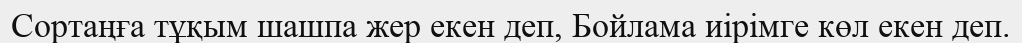
Сортаңға тұқым шашпа жер екен деп, Бойлама иірімге көл екен деп.